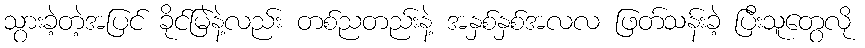
သွားခဲ့တဲ့အပြင် ခိုင်မြဲနဲ့လည်း တစ်ညတည်းနဲ့ အနှစ်နှစ်အလလ ဖြတ်သန်းခဲ့ ပြီးသူတွေလို